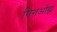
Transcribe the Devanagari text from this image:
गिगओह्म